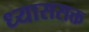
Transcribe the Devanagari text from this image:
ध्याससक्त